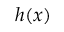
h ( x )